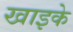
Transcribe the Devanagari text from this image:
खाइके